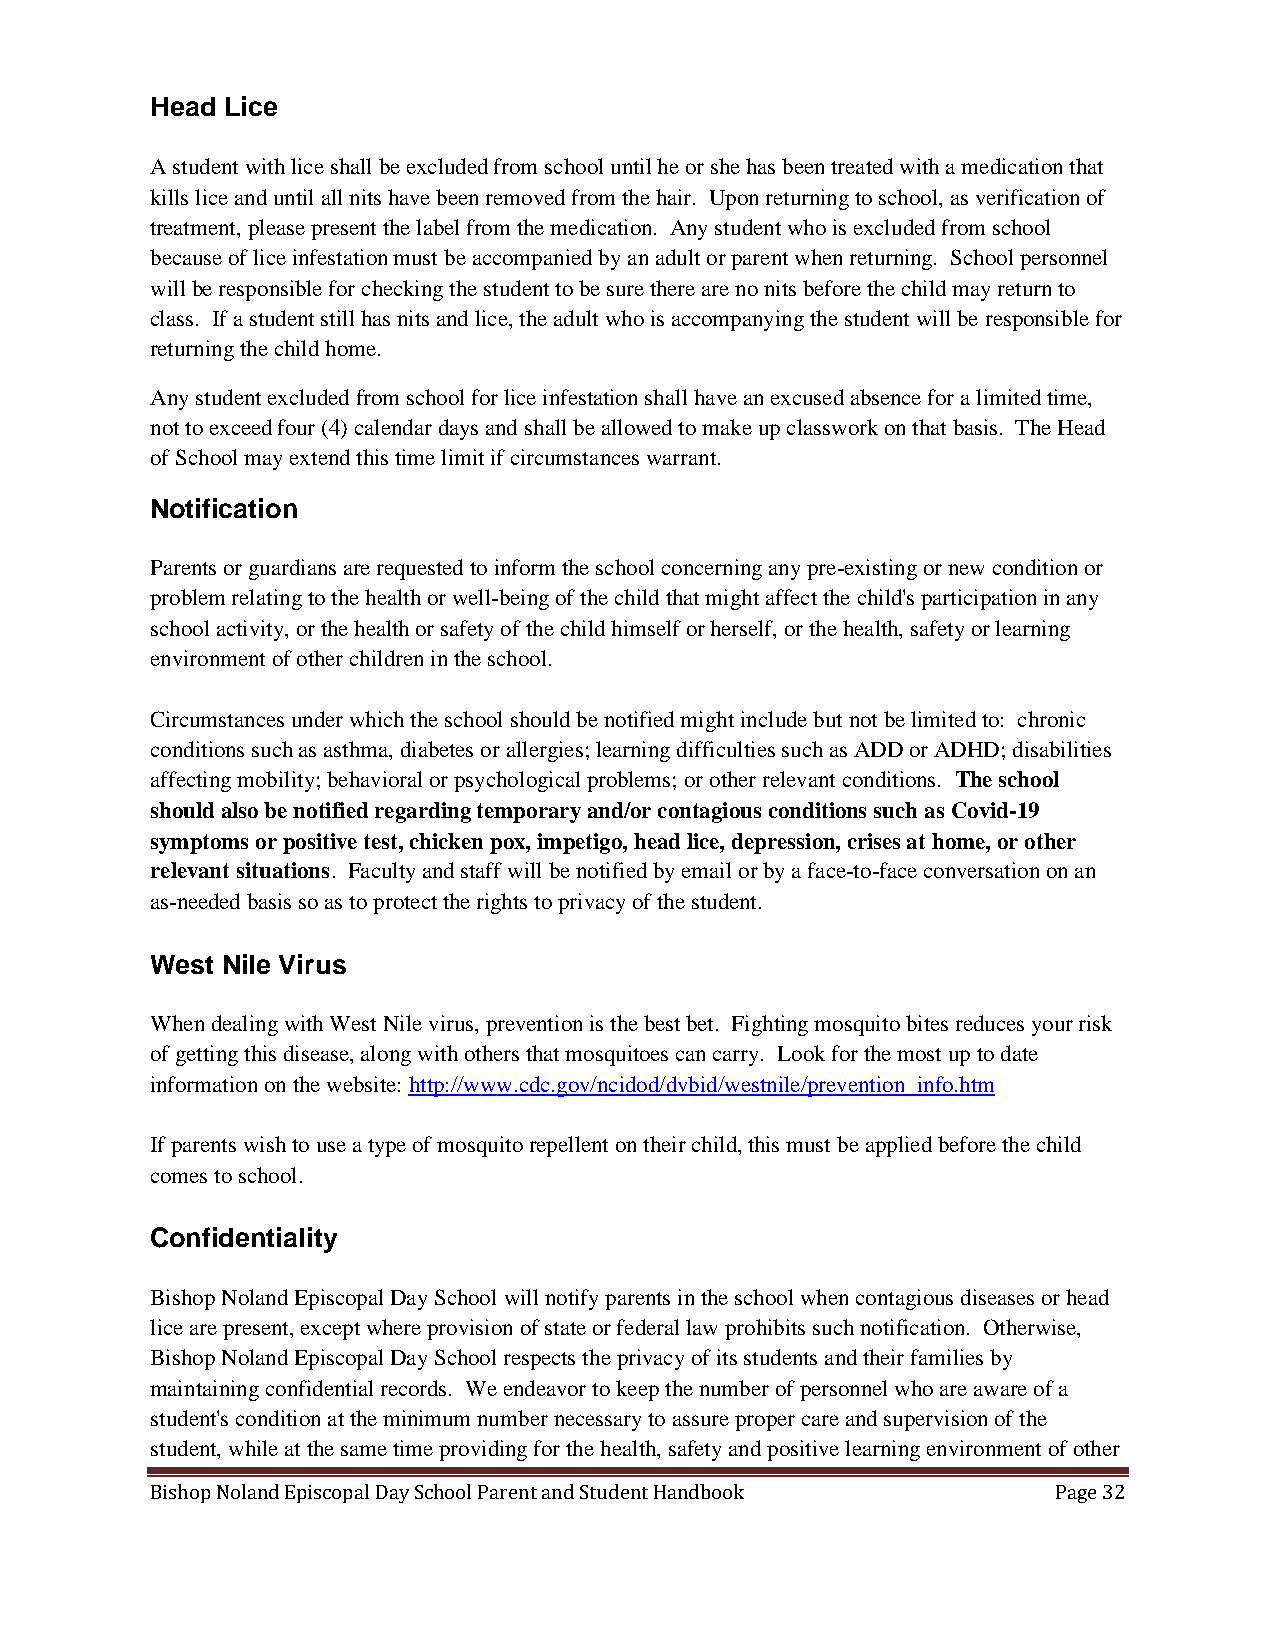
Head Lice
 A student with lice shall be excluded from school until he or she has been treated with a medication that
 kills lice and until all nits have been removed from the hair. Upon returning to school, as verification of
 treatment, please present the label from the medication. Any student who is excluded from school
 because of lice infestation must be accompanied by an adult or parent when returning. School personnel
 will be responsible for checking the student to be sure there are no nits before the child may return to
 class. If a student still has nits and lice, the adult who is accompanying the student will be responsible for
 returning the child home.
 Any student excluded from school for lice infestation shall have an excused absence for a limited time,
 not to exceed four (4) calendar days and shall be allowed to make up classwork on that basis. The Head
 of School may extend this time limit if circumstances warrant.
 Notification
 Parents or guardians are requested to inform the school concerning any pre-existing or new condition or
 problem relating to the health or well-being of the child that might affect the child's participation in any
 school activity, or the health or safety of the child himself or herself, or the health, safety or learning
 environment of other children in the school.
 Circumstances under which the school should be notified might include but not be limited to: chronic
 conditions such as asthma, diabetes or allergies; learning difficulties such as ADD or ADHD; disabilities
 affecting mobility; behavioral or psychological problems; or other relevant conditions. The school
 should also be notified regarding temporary and/or contagious conditions such as Covid-19
 symptoms or positive test, chicken pox, impetigo, head lice, depression, crises at home, or other
 relevant situations. Faculty and staff will be notified by email or by a face-to-face conversation on an
 as-needed basis so as to protect the rights to privacy of the student.
 West Nile Virus
 When dealing with West Nile virus, prevention is the best bet. Fighting mosquito bites reduces your risk
 of getting this disease, along with others that mosquitoes can carry. Look for the most up to date
 information on the website: http://www.cdc.gov/ncidod/dvbid/westnile/prevention_info.htm
 If parents wish to use a type of mosquito repellent on their child, this must be applied before the child
 comes to school.
 Confidentiality
 Bishop Noland Episcopal Day School will notify parents in the school when contagious diseases or head
 lice are present, except where provision of state or federal law prohibits such notification. Otherwise,
 Bishop Noland Episcopal Day School respects the privacy of its students and their families by
 maintaining confidential records. We endeavor to keep the number of personnel who are aware of a
 student's condition at the minimum number necessary to assure proper care and supervision of the
 student, while at the same time providing for the health, safety and positive learning environment of other
 Bishop Noland Episcopal Day School Parent and Student Handbook Page 32